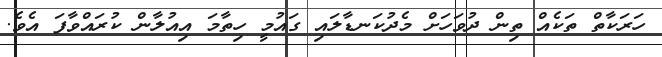
ހަރަކާތް ތަކެއް ތިން ދުވަހަށް މެދުކަނޑާލައި ގައުމީ ހިތާމަ އިއުލާން ކުރައްވާފަ އެވެ.